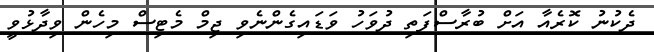
ދެކުނު ކޮރެއާ އަށް ބުރާސްފަތި ދުވަހު ވަޑައިގެންނެވި ޖިމް މެޓިސް މިހެން ވިދާޅުވީ